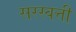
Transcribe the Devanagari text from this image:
सरस्वत्ती